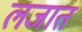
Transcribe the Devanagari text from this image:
लजात